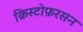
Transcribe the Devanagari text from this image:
क्रिस्टोफ़रसन